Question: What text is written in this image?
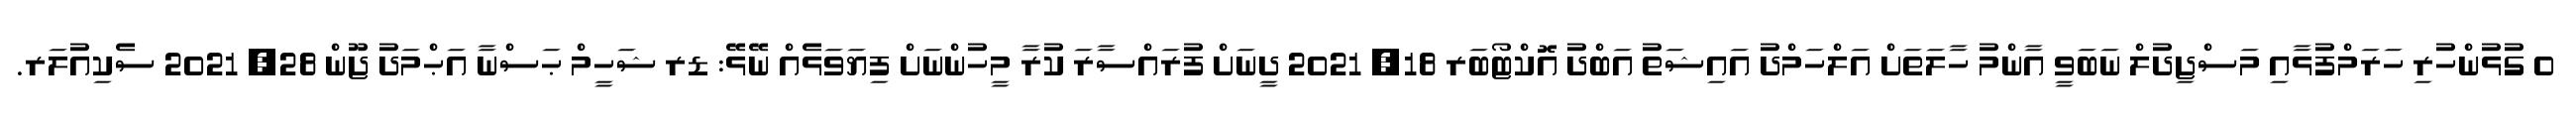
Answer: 0 ގުޅުންހުރި ހަރަމްފުޅާއި މަސްޖިދުލް ނަބަވީ އާންމު ހާލަތަށް އަލްހަމްދު އައިޝަތު އަބްދު އޮކްޓޯބަރ 18, 2021 ދީނަށް ފުރައްސާރަ ކުރާ މީހުންނަށް ފިޔަވަޅެއް ނޭޅޭ: ޑރ ޝަހީމް ޙަސްނާ އަޙްމަދު ޖޫން 28, 2021 ސެކިއުލަރ.